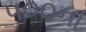
૫૦૦ના